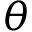
\theta